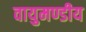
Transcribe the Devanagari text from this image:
वायुमण्डीय